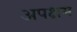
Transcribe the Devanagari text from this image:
अपक्षम